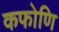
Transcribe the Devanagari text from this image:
कफोणि